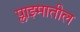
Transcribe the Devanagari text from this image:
प्लाझ्मातील